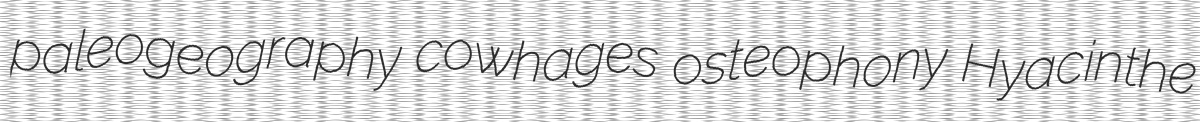
paleogeography cowhages osteophony Hyacinthe